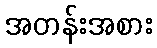
အတန်းအစား